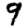
Digit: 9